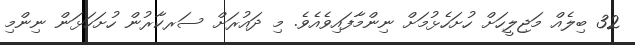
32 ބިލެއް މަޖިލީހަށް ހުށަހެޅުމަށް ނިންމާފައިވެއެވެ. މި ދައުރަށް ސަރކާރުން ހުށަހަޅަން ނިންމި